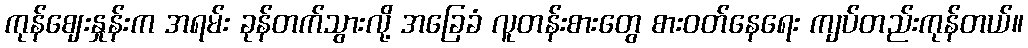
ကုန်ဈေးနှုန်းက အရမ်း ခုန်တက်သွားလို့ အခြေခံ လူတန်းစားတွေ စားဝတ်နေရေး ကျပ်တည်းကုန်တယ်။